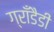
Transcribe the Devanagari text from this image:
ग्राँडैडी